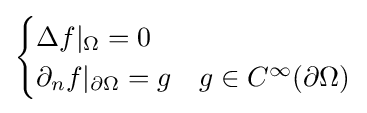
{\begin{cases}\Delta f|_{\Omega }=0\\\partial _{n}f|_{\partial \Omega }=g&g\in C^{\infty }(\partial \Omega )\end{cases}}